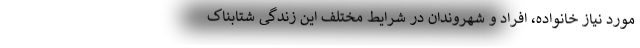
مورد نیاز خانواده، افراد و شهروندان در شرایط مختلف این زندگی شتابناک